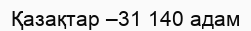
Қазақтар –31 140 адам